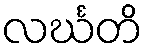
လင်္ဃတိ